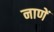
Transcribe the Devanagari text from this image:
नाणें